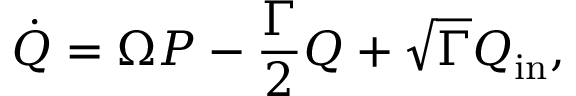
\dot { Q } = \Omega P - \frac { \Gamma } { 2 } Q + \sqrt { \Gamma } Q _ { \mathrm { i n } } ,